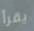
يقرأ